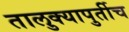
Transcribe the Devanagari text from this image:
तालुक्यापुर्तीच